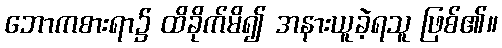
ဘောကစားရာ၌ ထိခိုက်မိ၍ အနားယူခဲ့ရသူ ဖြစ်၏။